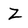
Character: Z